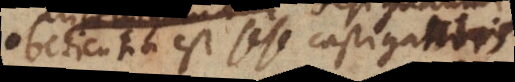
obedientia est sese castigantis